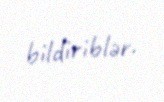
bildiriblər.